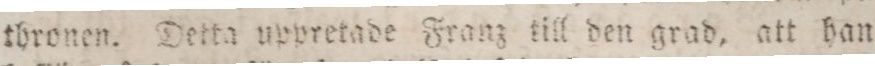
thronen. Detta uppretade Franz till den grad, att han